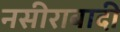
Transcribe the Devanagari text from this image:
नसीराबादी